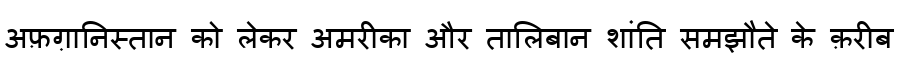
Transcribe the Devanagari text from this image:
अफ़ग़ानिस्तान को लेकर अमरीका और तालिबान शांति समझौते के क़रीब